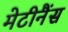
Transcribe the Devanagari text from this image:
मेटीनैंस